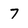
Character: 7